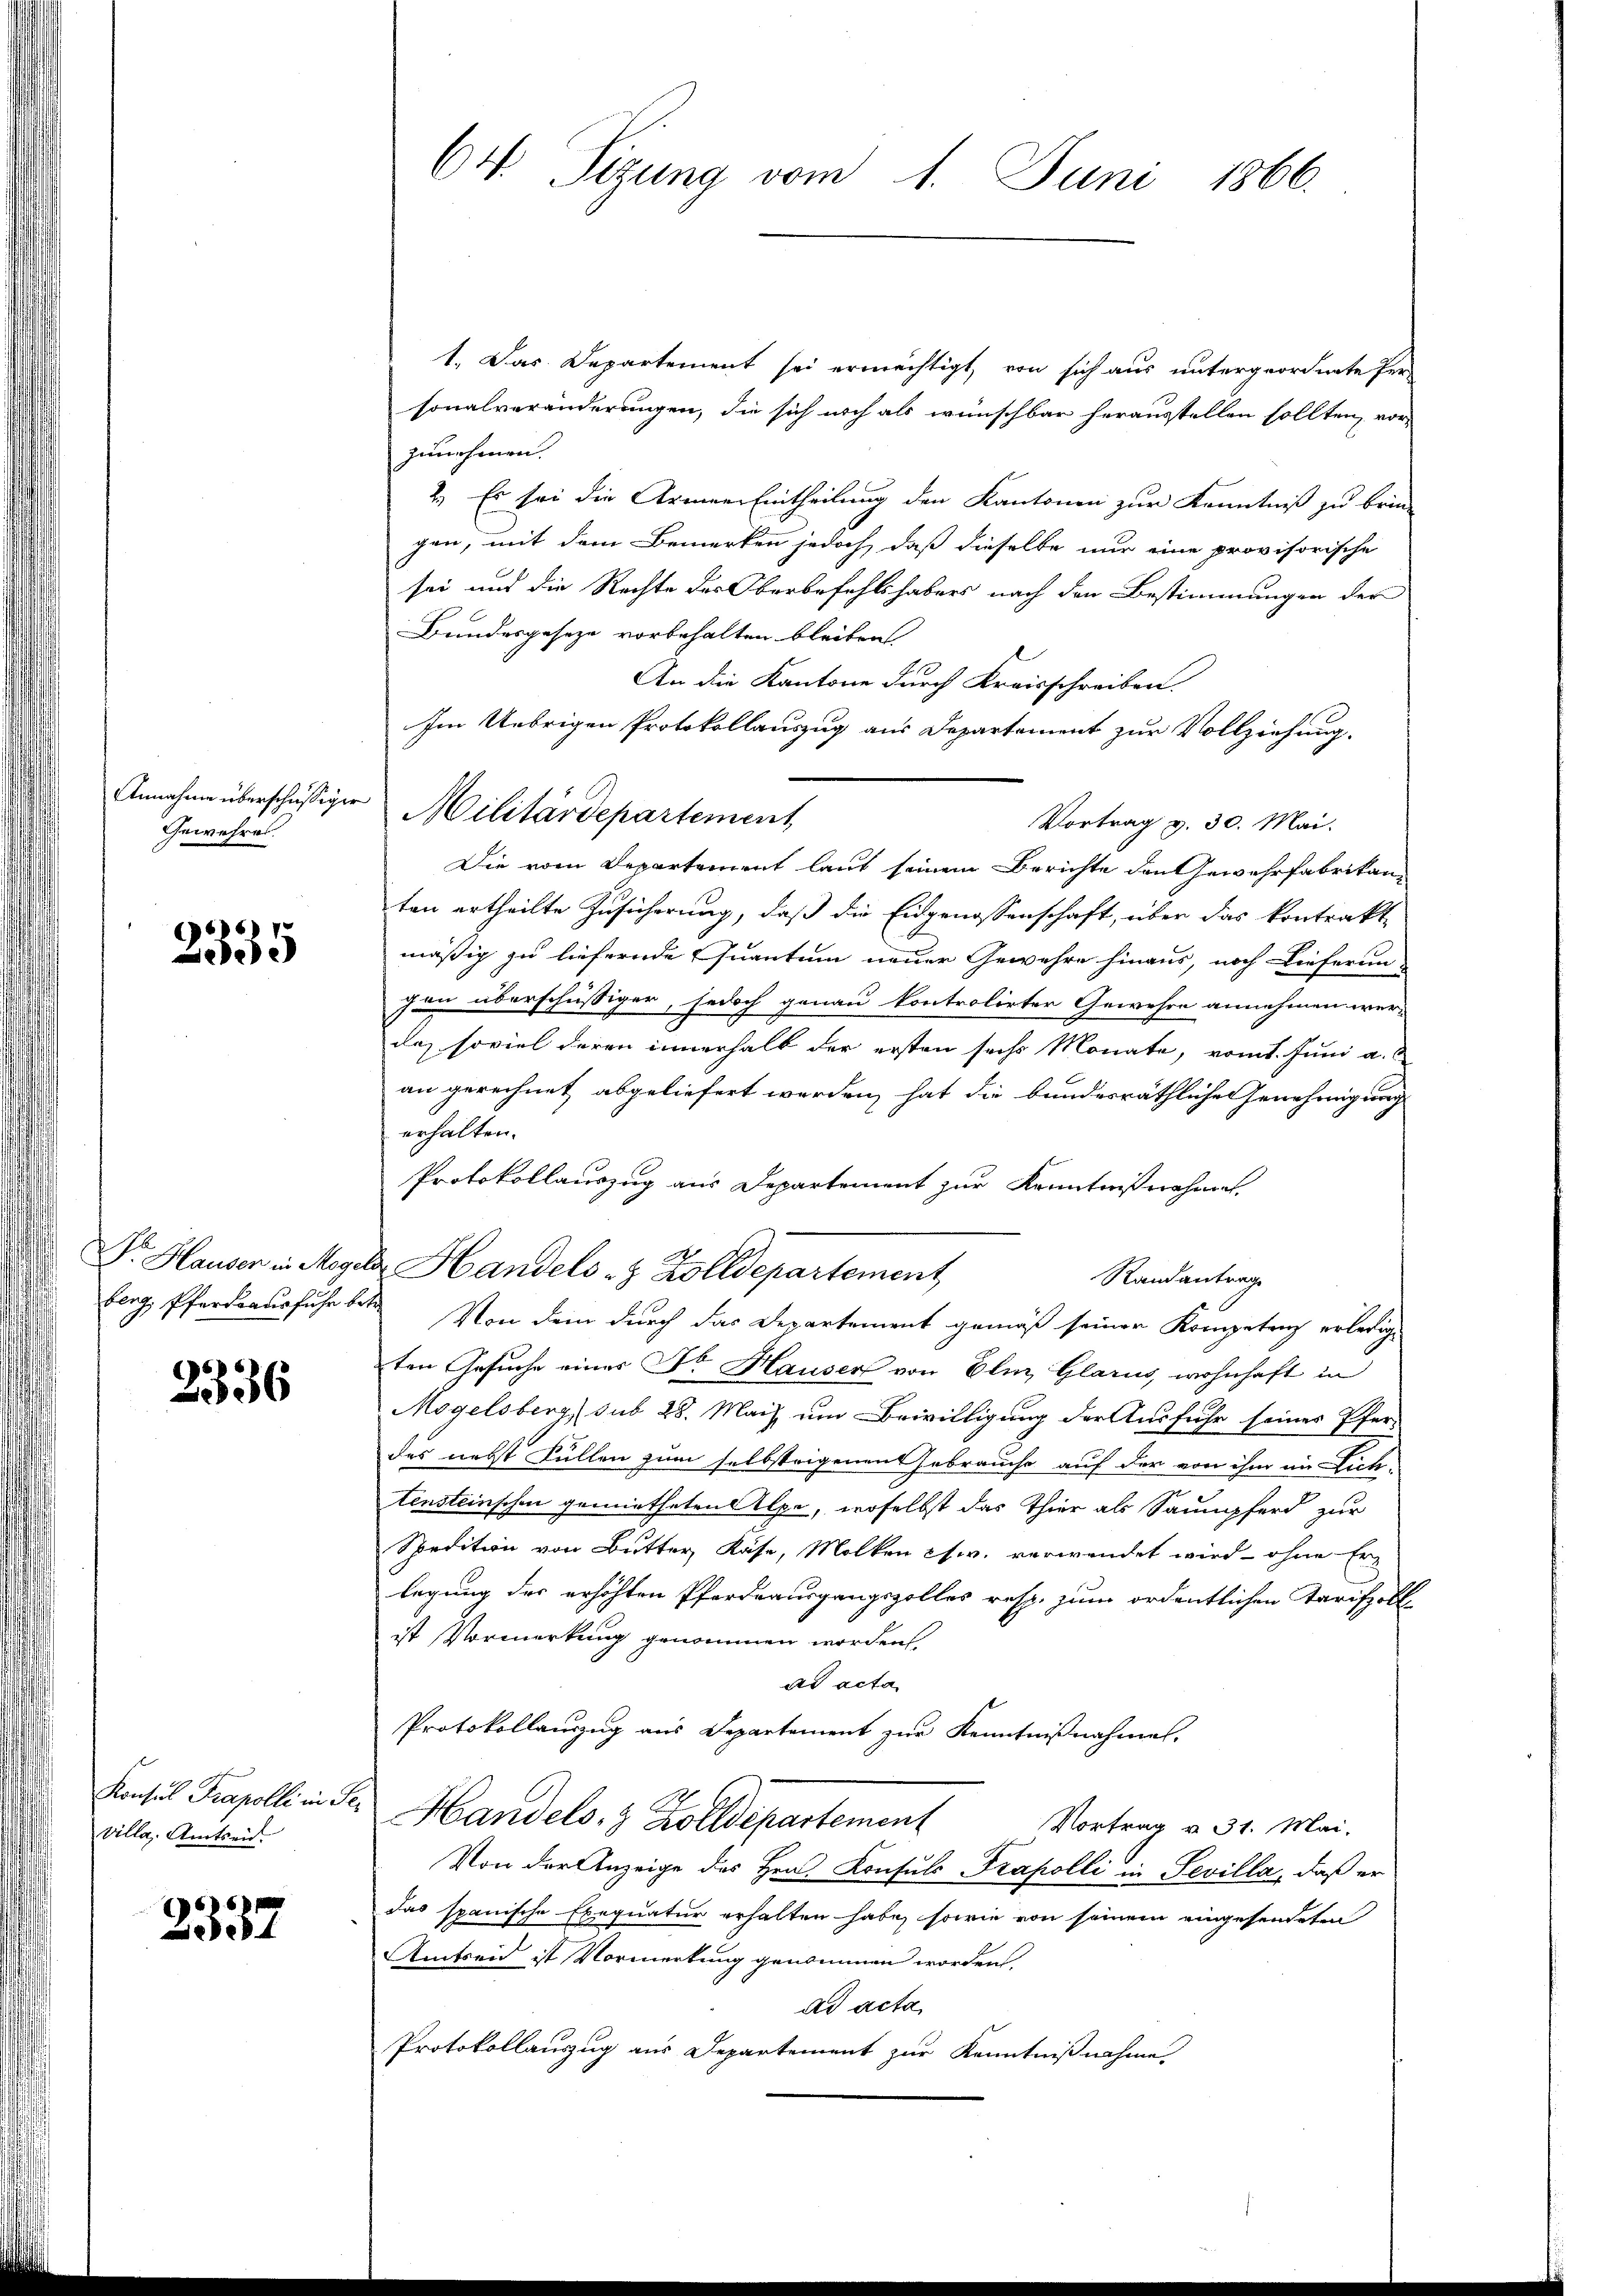
Annahme überschüssiger
Gewehres.

2335

Dr. Hauser in Mage

2336

Konsul Frapolli in Ter
Villa, Amtseit

)
537

Ct. Sizung vom 1. Juni 1866.

1. Das Departement sei ermächtigt, von sich aus untergeordnete Per-
sonalveränderungen, die sich noch als wünschbar herausstellen sollten, vor
zunehmen.
2.) Es sei die Armen Eintheilung den Kantonen zur Kenntniß zu bringen, mit dem Bemerken jedoch, daß dieselbe nur eine provisorische
sei und die Rechte des Oberbefehlshabers nach den Bestimmungen der
Bundesgeseze vorbehalten bleiben
An die Kantone durch Kreisschreiben.
Im Uebrigen Protokollauszug aus Departement zur Vollziehung.
Vortrag v. 30. Mai.
Die vom Departement laut seinem Berichte den Gewehrfabrikan
ten ertheilte Zusicherung, daß die Eidgenossenschaft, über das kontrakt-
mäßig zu liefernde Quantum neuer Gewehre hinaus, noch Lieferun-
gen überschüssiger, jedoch genau kontrolirter Gewehre annehmen wer-
da, soviel deren innerhalb der ersten sechs Monate, vom 1. Juni a.
an gerechnet abgeliefert werden, hat die bundesräthliche Genehmigung
erhalten.
Protokollauszug aus Departement zur Kenntnißnahmen,
d Handels & Zolldepartement,
Randantrage
berg, Pferdrausfuhr betr. Von dem durch das Departement gemäß seiner Kompetenz erledig
ten Gesuche einer Dr. Hauser von Elm, Glarus, wohnhaft in
Mogelsberg sub 28. Maiz um Bewilligung der Ausfuhr seines Pfer-
des nebst Füllen zum selbsteigenen Gebrauche auf der von ihm im Lich-
tensteinschen gemietheten Alpe, woselbst das Thier als Saumpferd zur
Spedition von Butter, Käse, Molken es w. verwendet wird – ohne Er-
legung des erhöhten Pferdeausgangszolles resp. zum ordentlichen Tarifzoll-
ist Vormerkung genommen worden,
ad acta
Protokollauszug aus Departement zur Kenntnißnahmen.
 Handels. 3 Zolldepartement
Vortrag v. 31. Mai.
Von der Anzeige des Hrn. Konsuls Trapolli in Sevilla, daß er
Das spanische Exequatur erhalten habe, sowie von seinem eingesendeten
Amtreid ist Vormerkung genommen worden.
ad acta,
Protokollauszug aus Departement zur Kenntnißnahme.

Militärdepartement,